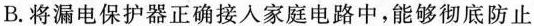
B. 将漏电保护器正确接入家庭电路中，能够彻底防止